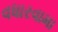
વધારવામા